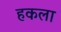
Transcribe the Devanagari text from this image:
हकला